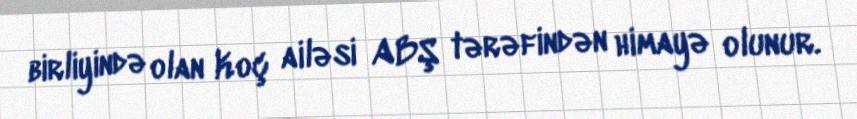
birliyində olan Koç ailəsi ABŞ tərəfindən himayə olunur.